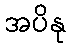
အပိနု